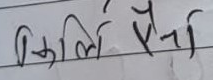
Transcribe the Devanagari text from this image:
किलि सेना